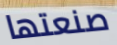
صنعتها